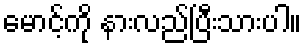
မောင့်ကို နားလည်ပြီးသားပါ။